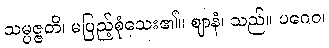
သမ္ပဇ္ဇတိ၊ မပြည့်စုံသေး၏။ ဈာနံ၊ သည်။ ပဂေဝ၊